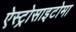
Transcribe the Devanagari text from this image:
ऐस्ट्रोसाइटोमा